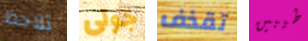
تلاحظ جولى تقذف طيبين